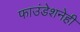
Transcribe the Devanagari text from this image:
फाउंडेशनेही